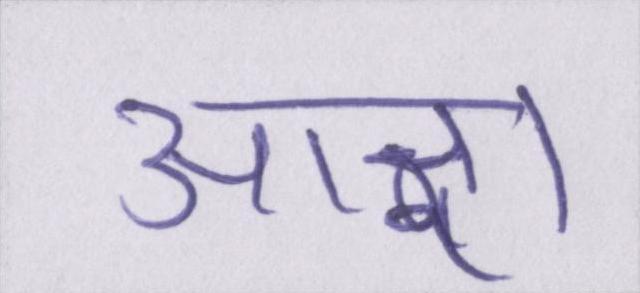
आज्ञा